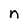
Character: n